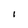
Character: 1